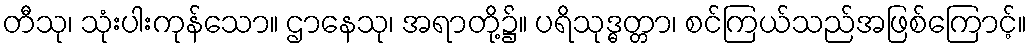
တီသု၊ သုံးပါးကုန်သော။ ဌာနေသု၊ အရာတို့၌။ ပရိသုဒ္ဓတ္တာ၊ စင်ကြယ်သည်အဖြစ်ကြောင့်။